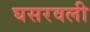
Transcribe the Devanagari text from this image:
घसरवली